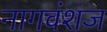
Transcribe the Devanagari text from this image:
नागवंशज